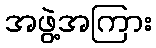
အဖွဲ့အကြား